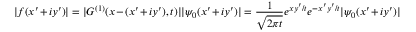
| f ( x ^ { \prime } + i y ^ { \prime } ) | = | G ^ { ( 1 ) } ( x - ( x ^ { \prime } + i y ^ { \prime } ) , t ) | | \psi _ { 0 } ( x ^ { \prime } + i y ^ { \prime } ) | = \frac { 1 } { \sqrt { 2 \pi t } } e ^ { x y ^ { \prime } / t } e ^ { - x ^ { \prime } y ^ { \prime } / t } | \psi _ { 0 } ( x ^ { \prime } + i y ^ { \prime } ) |